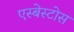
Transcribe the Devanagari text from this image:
एस्बेस्टोस